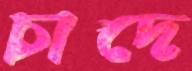
চাদে